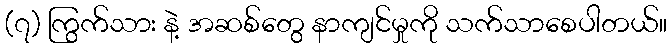
(၇) ကြွက်သား နဲ့ အဆစ်တွေ နာကျင်မှုကို သက်သာစေပါတယ်။